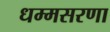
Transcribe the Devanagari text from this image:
धम्मसरणा